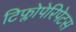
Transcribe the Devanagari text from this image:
टिफ्लोपेरिपेटस